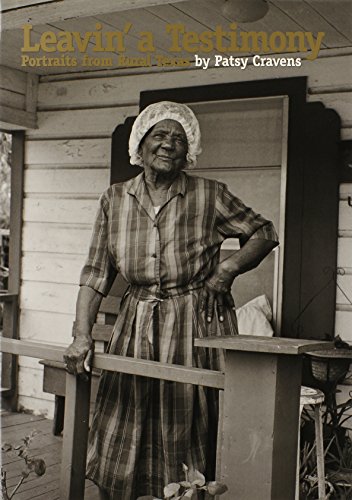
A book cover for Leavin' a Testimony: Portraits from Rural Texas (Focus on American History); Patsy Cravens; Travel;